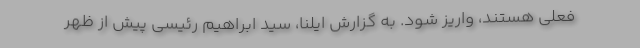
فعلی هستند، واریز شود. به گزارش ایلنا، سید ابراهیم رئیسی پیش از ظهر